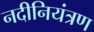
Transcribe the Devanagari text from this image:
नदीनियंत्रण